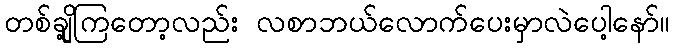
တစ်ချို့ကြတော့လည်း လစာဘယ်လောက်ပေးမှာလဲပေါ့နော်။